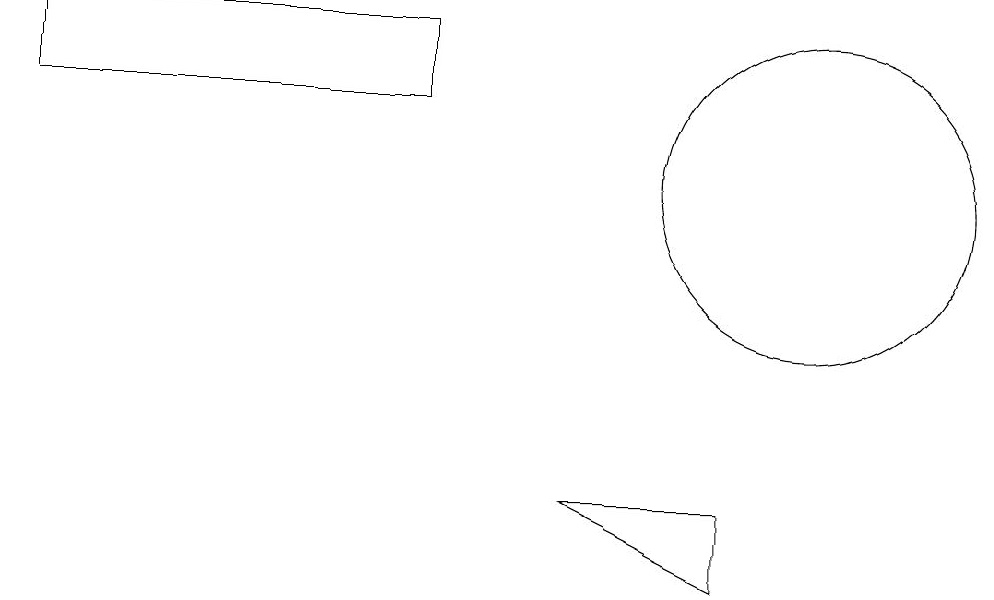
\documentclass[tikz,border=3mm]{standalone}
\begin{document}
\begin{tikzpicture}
\draw (10,11) circle (2);
\draw (5,13) rectangle (0,12);
\draw (7,7) -- (9,7) -- (9,6) -- cycle;
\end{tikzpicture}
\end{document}